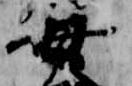
母